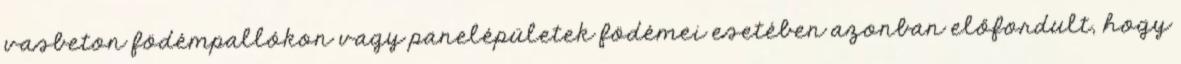
vasbeton födémpallókon vagy panelépületek födémei esetében azonban előfordult, hogy